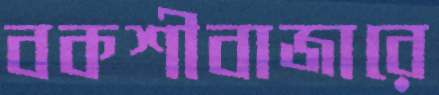
বকশীবাজারে